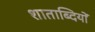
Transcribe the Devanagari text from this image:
शाताब्दियों